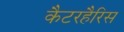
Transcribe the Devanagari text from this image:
कैटरहैरिस